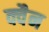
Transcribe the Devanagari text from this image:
क्वैन